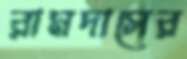
রামদাসের